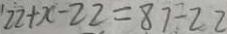
2 2 + x - 2 2 = 8 7 \div 2 2